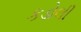
કડોલી